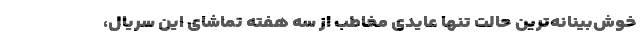
خوش‌بینانه‌ترین حالت تنها عایدی مخاطب از سه هفته تماشای این سریال،